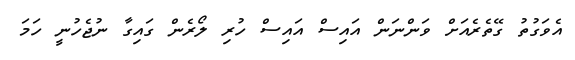
އެވަގުތު ގޭތެރެއަށް ވަންނަން އައިސް އައިސް ހުރި ލޯރެން ގައިގާ ނުޖެހުނީ ހަމަ